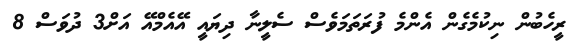
ރީހެބުން ނިކުމެގެން އެންމެ ފުރަތަމަވެސް ސެލީނާ ދިޔައީ އޭއެމްއޭ އަށް3 ދުވަސް 8